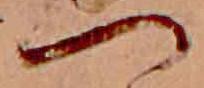
つ